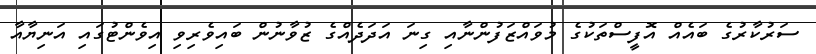
ސަރުކާރުގެ ބައެއް އޮފީސްތަކުގެ މުވައްޒަފުންނާއި ގިނަ އަދަދެއްގެ ޒުވާނުން ބައިވެރިވި އިވެންޓުގައި އަނިޔާއާ